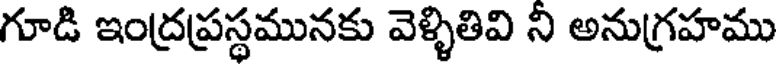
గూడి ఇంద్రప్రస్థమునకు వెళ్ళితివి ని అనుగ్రహము